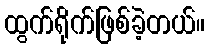
ထွက်ရိုက်ဖြစ်ခဲ့တယ်။